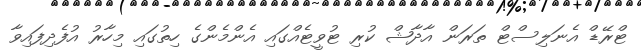
ޓްރޭޑް އެނަލިސްޓް ތަރަން އާދާޝް ކުރި ޓުވީޓެއްގައި އެންމެންގެ ހިތުގައި މިހާރު އުފެދިފައިވާ